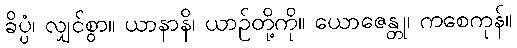
ခိပ္ပံ၊ လျှင်စွာ။ ယာနာနိ၊ ယာဉ်တို့ကို။ ယောဇေန္တု၊ ကစေကုန်။